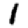
Digit: 1